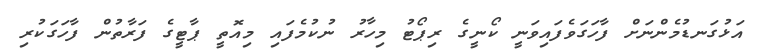
އަޅުގަނޑުމެންނަށް ފާހަގަވެފައިވަނީ ކޯނީގެ ރިޕޯޓު މިހާރު ނުކުމެފައި މިއޮތީ ޕާޓީގެ ފަރާތުން ފާހަގަކުރި